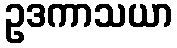
ဥဒကာသယာ